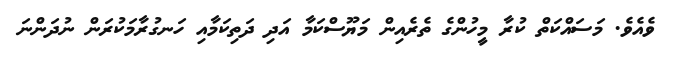
ވެއެވެ. މަސައްކަތް ކުރާ މީހުންގެ ތެރެއިން މަޔޫސްކަމާ އަދި ދަތިކަމާއި ހަނގުރާމަކުރަން ނުދަންނަ